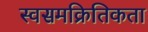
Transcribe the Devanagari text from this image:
स्वसमक्रितिकता